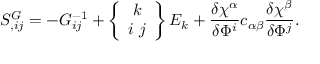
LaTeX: S _ { , i j } ^ { G } = - { \cal G } _ { i j } ^ { - 1 } + \left\{ \begin{array} { c } { { k } } \\ { { i \ j } } \end{array} \right\} { \cal E } _ { k } + \frac { \delta \chi ^ { \alpha } } { \delta \Phi ^ { i } } c _ { \alpha \beta } \frac { \delta \chi ^ { \beta } } { \delta \Phi ^ { j } } .